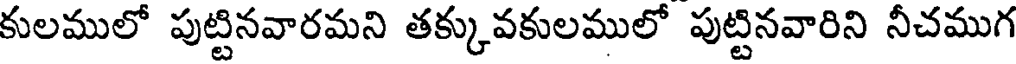
కులములో పుట్టినవారమని తక్కువకులములో పుట్టినవారిని నీచముగ